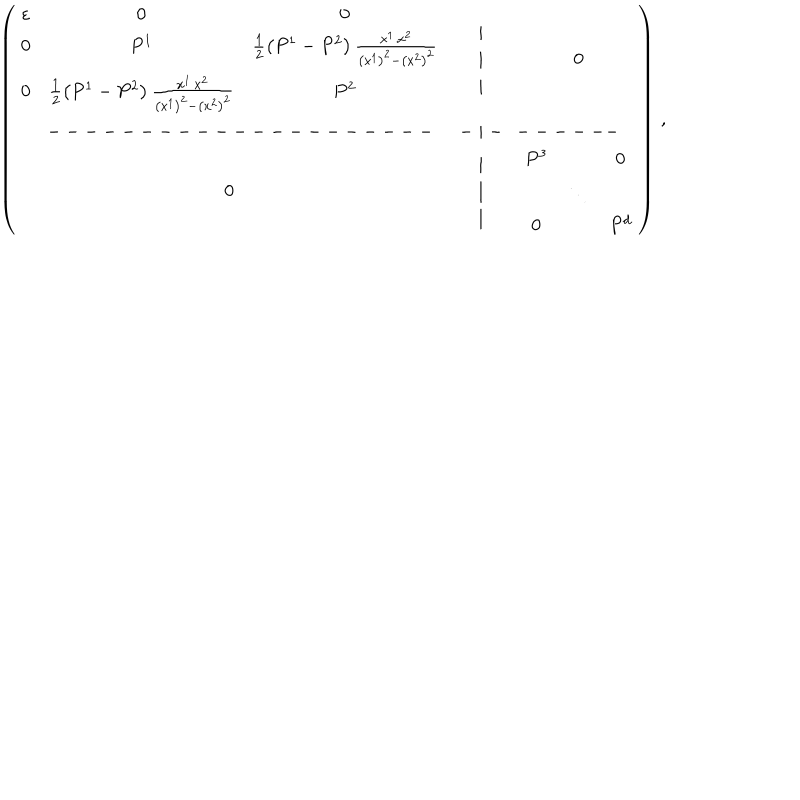
\left( \begin{array} { c c c } { { \begin{array} { c c c } { { \varepsilon } } & { { 0 } } & { { 0 } } \\ { { 0 } } & { { P ^ { 1 } } } & { { \frac 1 2 \left( P ^ { 1 } - P ^ { 2 } \right) \frac { x ^ { 1 } \, x ^ { 2 } } { \left( x ^ { 1 } \right) ^ { 2 } - \left( x ^ { 2 } \right) ^ { 2 } } } } \\ { { 0 } } & { { \frac 1 2 \left( P ^ { 1 } - P ^ { 2 } \right) \frac { x ^ { 1 } \, x ^ { 2 } } { \left( x ^ { 1 } \right) ^ { 2 } - \left( x ^ { 2 } \right) ^ { 2 } } } } & { { P ^ { 2 } } } \\ \end{array} } } & { { \begin{array} { c } { { \mid } } \\ { { \mid } } \\ { { \mid } } \\ \end{array} } } & { { 0 } } \\ { { --- --- --- --- --- --- --- \! \! \! \! \! \! \! } } & { { - \mid - } } & { { \! \! \! \! \! \! \! --- --- } } \\ { { 0 } } & { { \begin{array} { c } { { \mid } } \\ { { \mid } } \\ { { \mid } } \\ \end{array} } } & { { \begin{array} { c c c } { { P ^ { 3 } } } & { { } } & { { 0 } } \\ { { } } & { { \ddots } } & { { } } \\ { { 0 } } & { { } } & { { P ^ { d } } } \\ \end{array} } } \\ \end{array} \right) \, ,